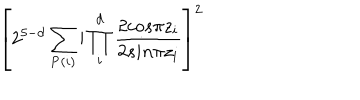
\left[ 2 ^ { 5 - d } \sum _ { { \bf P } ( i ) } \prime \prod _ { i } ^ { d } { \frac { 2 c o s \pi z _ { i } } { 2 s i n \pi z _ { i } } } \right] ^ { 2 }